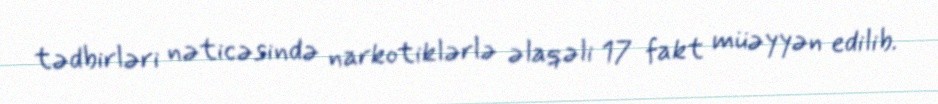
tədbirləri nəticəsində narkotiklərlə əlaqəli 17 fakt müəyyən edilib.